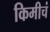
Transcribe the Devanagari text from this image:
किमीचं